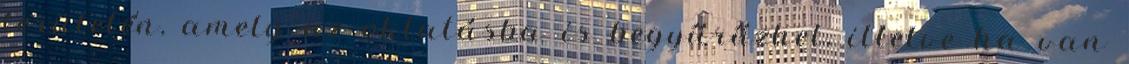
területén, amely az oktatásba is begyűrűzhet, illetve ha van